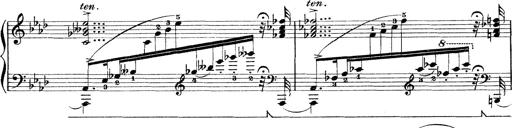
Title: Rapsodie: 19 ungheresi, 1 spagnuola
Composer: Franz Liszt